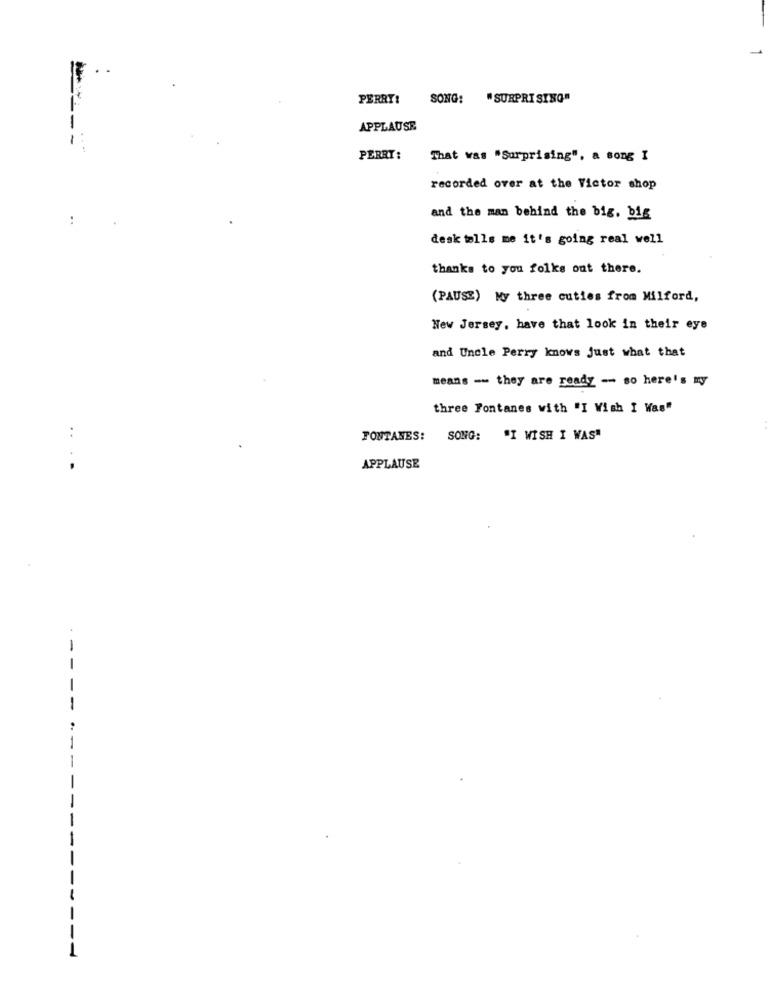
PERRY: SONG:
"SURPRISING"
APPLAUSE
--
PERRY: That was "Surprising". a song I
recorded over at the Victor shop
:
and the man behind the big, big
desk tells me it's going real well
thanks to you folks out there.
(PAUSE) My three cuties from Milford,
New Jersey, have that look in their eye
and Uncle Perry knows just what that
means -- they are ready -- so here's my
three Fontanes with "I Wish I Was"
FONTANES: SONG: "I WISH I WAS"
.. ..
APPLAUSE
-
-
-
-
--
---